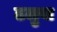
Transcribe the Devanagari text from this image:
ढलुवा